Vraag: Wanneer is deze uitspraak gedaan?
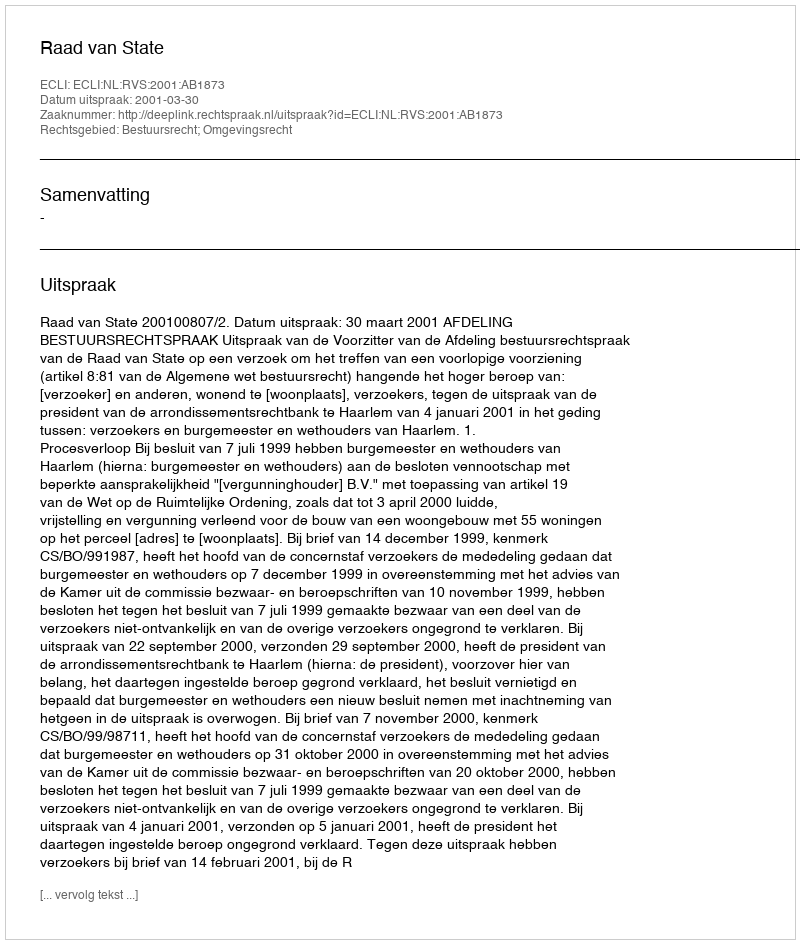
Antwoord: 2001-03-30